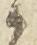
候